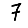
Digit: 7